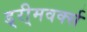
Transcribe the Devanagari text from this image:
ड्री्मवर्क्स